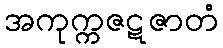
အကုက္ကဇဋဇာတံ